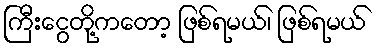
ကြီးငွေတို့ကတော့ ဖြစ်ရမယ်၊ ဖြစ်ရမယ်